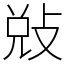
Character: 𭣳